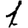
Digit: 1